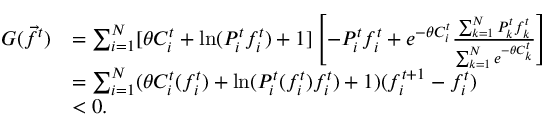
\begin{array} { r l } { G ( \vec { f } ^ { t } ) } & { = \sum _ { i = 1 } ^ { N } [ \theta C _ { i } ^ { t } + \mathrm { l n } ( P _ { i } ^ { t } f _ { i } ^ { t } ) + 1 ] \left[ - P _ { i } ^ { t } f _ { i } ^ { t } + e ^ { - \theta C _ { i } ^ { t } } \frac { \sum _ { k = 1 } ^ { N } P _ { k } ^ { t } f _ { k } ^ { t } } { \sum _ { k = 1 } ^ { N } e ^ { - \theta C _ { k } ^ { t } } } \right] } \\ & { = \sum _ { i = 1 } ^ { N } ( \theta C _ { i } ^ { t } ( f _ { i } ^ { t } ) + \mathrm { l n } ( P _ { i } ^ { t } ( f _ { i } ^ { t } ) f _ { i } ^ { t } ) + 1 ) ( f _ { i } ^ { t + 1 } - f _ { i } ^ { t } ) } \\ & { < 0 . } \end{array}